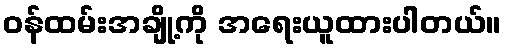
ဝန်ထမ်းအချို့ကို အရေးယူထားပါတယ်။